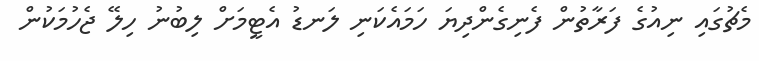
މެޗުގައި ނިއުގެ ފަރާތުން ފެނިގެންދިޔަ ހަމައެކަނި ލަނޑު އެޓީމަށް ލިބުނު ހިލޭ ޖެހުމަކުން